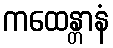
ကထေန္တာနံ